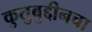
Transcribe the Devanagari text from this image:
कुतुबुद्दीनचा